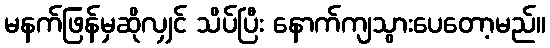
မနက်ဖြန်မှဆိုလျှင် သိပ်ပြီး နောက်ကျသွားပေတော့မည်။